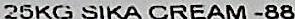
25KG SIKA CREAM-88